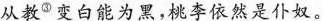
从教^{⑤}变白能为黑，桃李依然是仆奴。